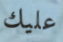
عليك